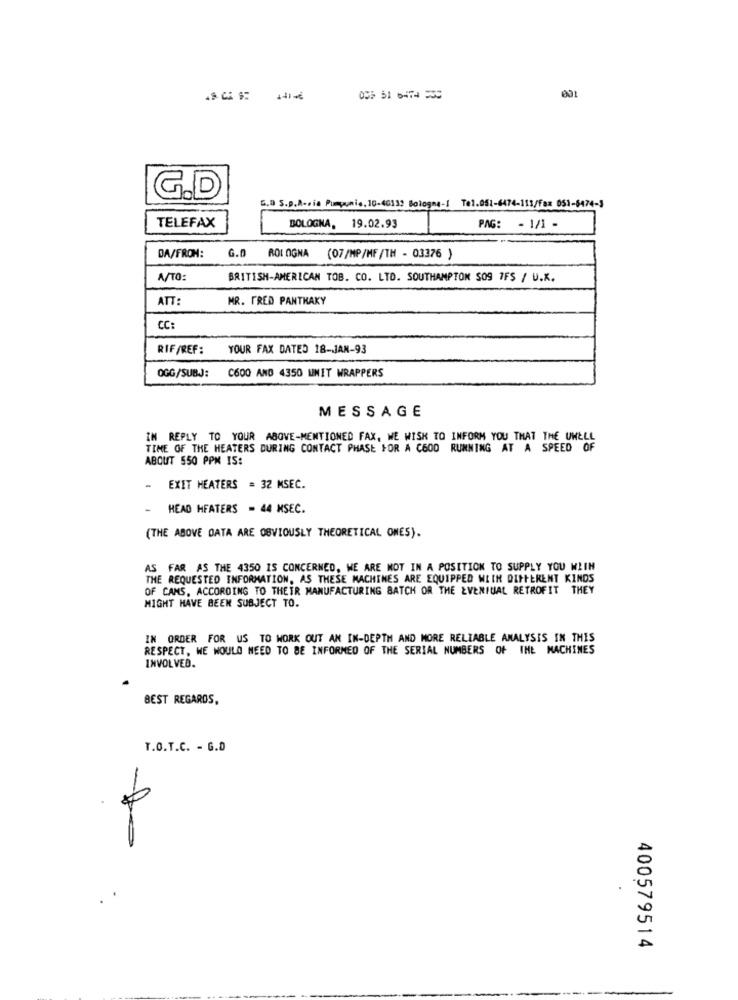
055 51 6-74 538
001
G.D
5.0 S.p.A.via Pumpunis, 10-40139 Bologna-1 Tel.051-6474-113/Fax 051-6474-3
TELEFAX
BOLOGNA, 19.02.93
PAG: - 1/1 -
DA/FROM:
G.D
ROL OGNA (07/MP/MF/TH - 03376 )
A/TO:
BRITISH-AMERICAN TOB. CO. LTD. SOUTHAMPTON SO9 7FS / U.K.
ATT
MR. FRED PANTKAKY
CC :
RIF/REF:
YOUR FAX DATED 18-JAN-93
OGG/SUBJ:
C600 AND 4350 UNIT WRAPPERS
MESSAGE
IN REPLY TO YOUR ABOVE-MENTIONED FAX, WE WISH TO INFORM YOU THAT THE UWELL
TIME OF THE HEATERS DURING CONTACT PHASE FOR A C600 RUNNING AT A SPEED OF
ABOUT 550 PPM IS:
EXIT HEATERS = 32 MSEC.
-
HEAD HEATERS = 44 MSEC.
(THE ABOVE DATA ARE OBVIOUSLY THEORETICAL ONES).
AS FAR AS THE 4350 IS CONCERNED, WE ARE NOT IN A POSITION TO SUPPLY YOU WITH
THE REQUESTED INFORMATION. AS THESE MACHINES ARE EQUIPPED WITH DIFFERENT KINDS
OF CAMS, ACCORDING TO THEIR MANUFACTURING BATCH OR THE EVENTUAL RETROFIT THEY
MIGHT HAVE BEEN SUBJECT TO.
IN ORDER FOR US TO WORK OUT AN IN-DEPTH AND MORE RELIABLE ANALYSIS IN THIS
RESPECT, WE WOULD NEED TO BE INFORMED OF THE SERIAL NUMBERS OF INE MACHINES
INVOLVED.
BEST REGARDS,
T.O.T.C. - G.D
400579514
-
-